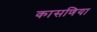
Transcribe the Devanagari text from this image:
कासणिया